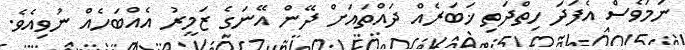
ނަމަވެސް އެފަދަ ހިތްދަތި ޚަބަރެއް ދައްތައަށް ދޭން އޭނަގެ ޒަމީރު އެއްބަހެއް ނުވިއެވެ.